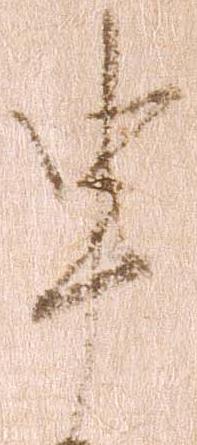
申